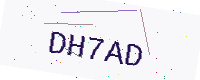
Text: DH7AD